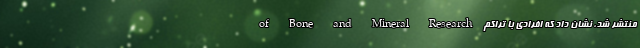
of Bone and Mineral Research منتشر شد، نشان داد که افرادی با تراکم